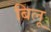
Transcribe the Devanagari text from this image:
बिलू